Indian journal of veterinary science and animal husbandry - Volumes 15-17, 1948-1951
Year: 1948
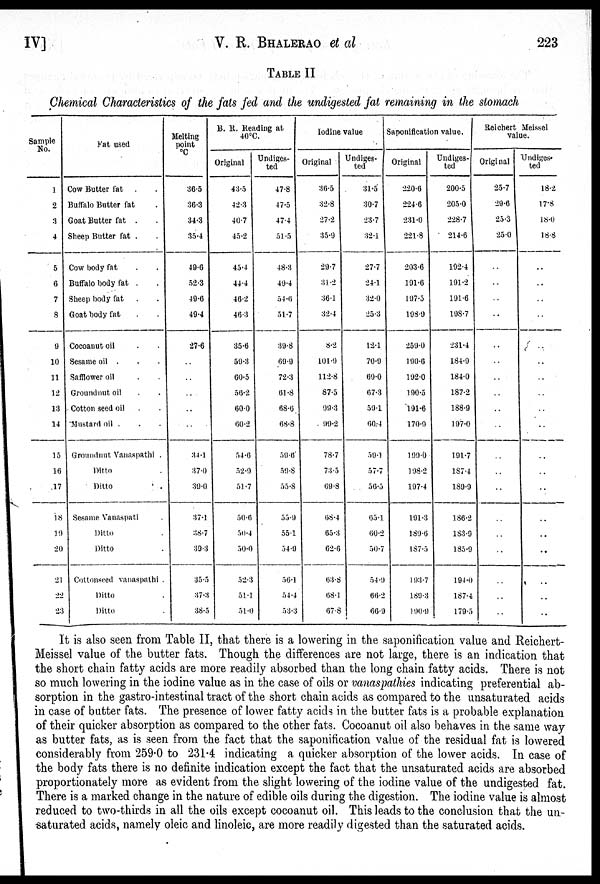
IV]
V. R. BHALERAO et al
223
TABLE II
Chemical Characteristics of the fats fed and the undigested fat remaining in the stomach
Sample
No.
1
2
3
4
5
6
7
8
9
10
11
12
13
14
15
16
17
18
19
20
21
22
23
Fat used
Cow Butter fat . .
Buffalo Butter fat .
Goat Butter fat
. .
Sheep Butter fat . .
Cow body fat . .
Buffalo body fat . .
Sheep body fat . .
Goat body fat . .
Cocoanut oil . .
Sesame oil . .
Safflower oil . .
Groundnut oil . .
Cotton seed oil . .
Mustard oil . . .
Groundnut Vanaspathi .
Ditto .
Ditto .
Sesame Vanaspati .
Ditto .
Ditto .
Cottonseed vanaspathi .
Ditto .
Ditto .
Melting
point
°C
36.5
36.3
34.3
35.4
49.6
52.3
49.6
49.4
27.6
..
..
..
..
..
34.1
37.0
39.0
37.1
38.7
39.3
35.5
37.3
38.5
B. R. Reading at
40°C.
Original
43.5
42.3
40.7
45.2
45.4
44.4
46.2
46.3
35.6
59.3
60.5
56.2
60.0
60.2
54.6
52.9
51.7
50.6
50.4
50.0
52.3
51.1
51.0
Undiges-
ted
47.8
47.5
47.4
51.5
48.3
49.4
54.6
51.7
39.8
69.9
72.3
61.8
68.6
68.8
59.6
59.8
55.8
55.9
55.1
54.9
56.1
54.4
53.3
Iodine value
Original
36.5
32.8
27.2
35.9
29.7
31.2
36.1
32.4
8.2
101.9
112.8
87.5
99.3
99.2
78.7
73.5
69.8
68.4
65.3
62.6
63.8
68.1
67.8
Undiges-
ted
31.5
30.7
23.7
32.1
27.7
24.1
32.0
25.3
12.1
70.9
69.0
67.3
59.1
60.4
59.1
57.7
56.5
65.1
60.2
50.7
54.9
66.2
66.9
Saponification value.
Original
220.6
224.6
231.0
221.8
203.6
191.6
197.5
198.9
259.0
190.6
192.0
190.5
191.6
170.9
199.0
198.2
197.4
191.3
189.6
187.5
193.7
189.3
190.9
Undiges-
ted
200.5
205.0
228.7
214.6
192.4
191.2
191.6
198.7
231.4
184.9
184.0
187.2
188.9
197.0
191.7
187.4
189.9
186.2
183.9
185.9
194.0
187.4
179.5
Reichert Meissel
value.
Original
25.7
29.6
25.3
25.0
..
..
..
..
..
..
..
..
..
..
..
..
..
..
..
..
..
..
..
Undiges-
ted
18.2
17.8
18.0
18.8
..
..
..
..
..
..
..
..
..
..
..
..
..
..
..
..
..
..
..
It is also seen from Table II, that there is a lowering in the saponification value and Reichert-
Meissel value of the butter fats. Though the differences are not large, there is an indication that
the short chain fatty acids are more readily absorbed than the long chain fatty acids. There is not
so much lowering in the iodine value as in the case of oils or vanaspathies indicating preferential ab-
sorption in the gastro-intestinal tract of the short chain acids as compared to the unsaturated acids
in case of butter fats. The presence of lower fatty acids in the butter fats is a probable explanation
of their quicker absorption as compared to the other fats. Cocoanut oil also behaves in the same way
as butter fats, as is seen from the fact that the saponification value of the residual fat is lowered
considerably from 259.0 to 231.4 indicating a quicker absorption of the lower acids. In case of
the body fats there is no definite indication except the fact that the unsaturated acids are absorbed
proportionately more as evident from the slight lowering of the iodine value of the undigested fat.
There is a marked change in the nature of edible oils during the digestion. The iodine value is almost
reduced to two-thirds in all the oils except cocoanut oil. This leads to the conclusion that the un-
saturated acids, namely oleic and linoleic, are more readily digested than the saturated acids.